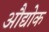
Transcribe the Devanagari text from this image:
औद्योक